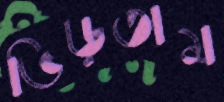
ভিড়তাম